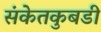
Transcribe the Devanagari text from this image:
संकेतकुबडी